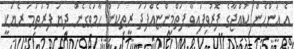
އެ އަންހެން ކުއްޖާގެ ފޮރުވިފައިވާ ފަތްމިންޏެއްފަދަ ރީތިކަން ހާމަވެގެން ދިޔަ ފުރަތަމަ ރެޔަކީ